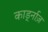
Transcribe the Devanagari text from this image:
कार्ड्नाज़